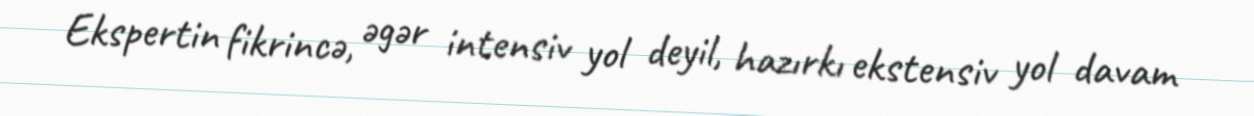
Ekspertin fikrincə, əgər intensiv yol deyil, hazırkı ekstensiv yol davam